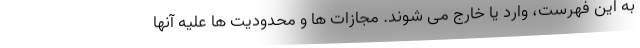
به این فهرست، وارد یا خارج می شوند. مجازات ها و محدودیت ها علیه آنها